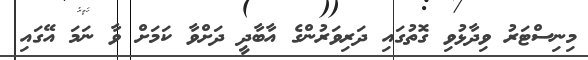
މިނިސްޓަރު ވިދާޅުވި ގޮތުގައި ދަރިވަރުންގެ އާބާދީ ދަށްވާ ކަމަށް ވާ ނަމަ އޭގައި